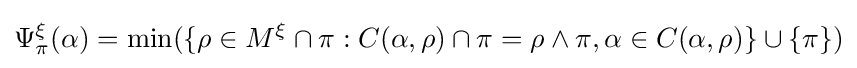
\Psi _{\pi }^{\xi }(\alpha )=\min(\{\rho \in M^{\xi }\cap \pi :C(\alpha ,\rho )\cap \pi =\rho \land \pi ,\alpha \in C(\alpha ,\rho )\}\cup \{\pi \})